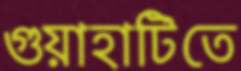
গুয়াহাটিতে